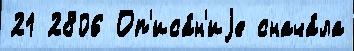
21 2806 Оп'иса́н'иjе снача́ла